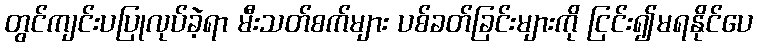
တွင်ကျင်းပပြုလုပ်ခဲ့ရာ မီးသတ်စက်များ ပစ်ခတ်ခြင်းများကို ငြင်း၍မရနိုင်ပေ